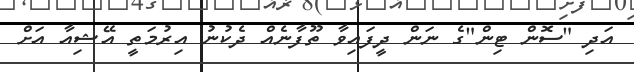
އަދި "ސޮން ޓިން"ގެ ނަން ދީފައިވާ ތޫފާނެއް ދެކުނު އިރުމަތީ އޭޝިއާ އަށް